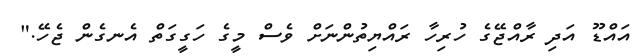
އައްޑޫ އަދި ރާއްޖޭގެ ހުރިހާ ރައްޔިތުންނަށް ވެސް މީގެ ހަގީގަތް އެނގެން ޖެހޭ."